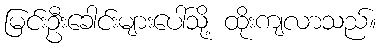
မြင်းဦးခေါင်းများပေါ်သို့ ထိုးကျလာသည်။